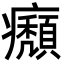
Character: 㿗